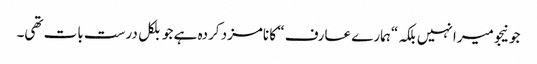
جونیجو میرا نہیں بلکہ “ہمارے عارف “ کا نامزد کردہ ہے جو بلکل درست بات تھی۔